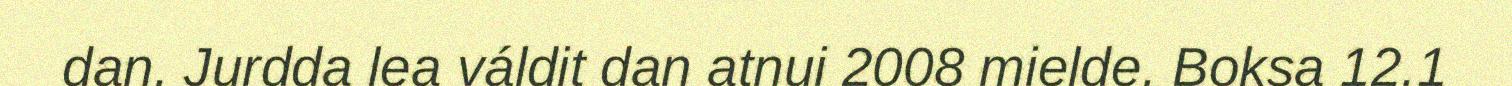
dan. Jurdda lea váldit dan atnui 2008 mielde. Boksa 12.1